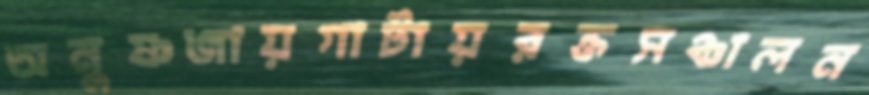
অনুষ্ণজায়গাটায়রক্তসঞ্চালন